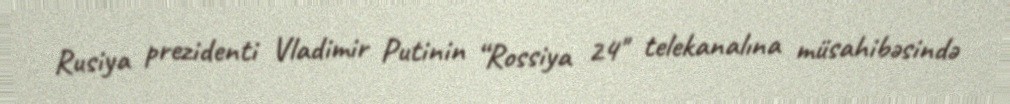
Rusiya prezidenti Vladimir Putinin “Rossiya 24" telekanalına müsahibəsində